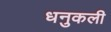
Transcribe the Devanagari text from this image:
धनुकली